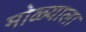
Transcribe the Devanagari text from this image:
मोळ्याला